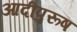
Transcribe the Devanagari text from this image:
आदीपुरूष